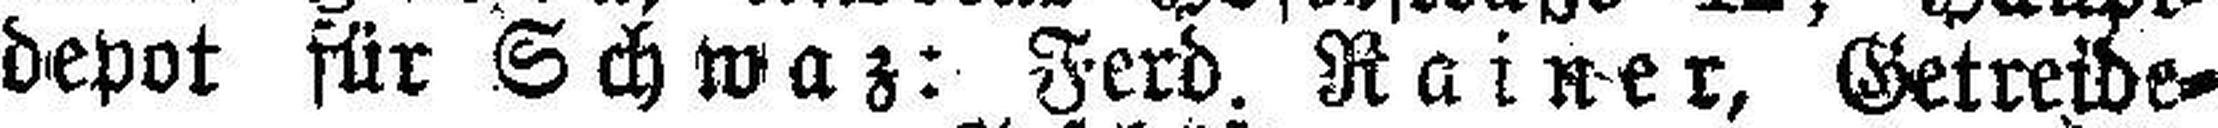
depot für Schwaz: Ferd. Rainer, Getreide¬